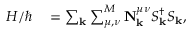
\begin{array} { r l } { H / \hbar } & { { } = \sum _ { \mathbf { k } } \sum _ { \mu , \nu } ^ { M } \mathbf { N } _ { \mathbf { k } } ^ { \mu \nu } S _ { \mathbf { k } } ^ { \dagger } S _ { \mathbf { k } } , } \end{array}